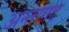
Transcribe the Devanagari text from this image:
अन्तागढ़